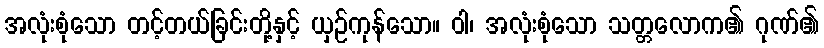
အလုံးစုံသော တင့်တယ်ခြင်းတို့နှင့် ယှဉ်ကုန်သော။ ဝါ၊ အလုံးစုံသော သတ္တလောက၏ ဂုဏ်၏